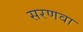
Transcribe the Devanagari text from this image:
सरणवा